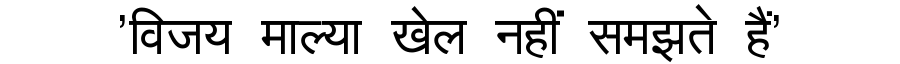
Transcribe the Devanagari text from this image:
'विजय माल्या खेल नहीं समझते हैं'